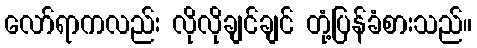
လော်ရာကလည်း လိုလိုချင်ချင် တုံ့ပြန်ခံစားသည်။